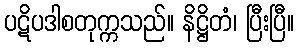
ပဋိပဒါစတုက္ကသည်။ နိဋ္ဌိတံ၊ ပြီးပြီ။